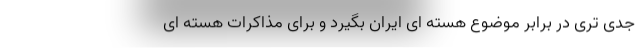
جدی تری در برابر موضوع هسته ای ایران بگیرد و برای مذاکرات هسته ای